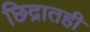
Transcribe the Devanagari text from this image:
छिद्रातही